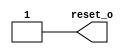
module reset_gen(
output wire reset_o
);

reg reset_sig;

assign reset_o=reset_sig;

initial
reset_sig=1'b0;

always
begin
    #220 reset_sig= 1'b1;
end
endmodule